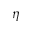
\eta